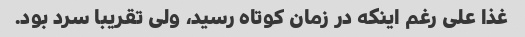
غذا على رغم اینکه در زمان کوتاه رسید، ولى تقریبا سرد بود.